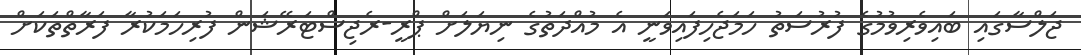
ޖަލްސާގައި ބައިވެރިވުމުގެ ފުރުސަތު ހަމަޖެހިފައިވަނީ އެ މުއްދަތުގެ ނިޔަލަށް ޕްރީ-ރެޖިސްޓަރޭޝަން ފުރިހަމަކުރާ ފަރާތްތަކަށް